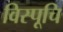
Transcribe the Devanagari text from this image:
विस्पूचि